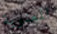
المعنوية